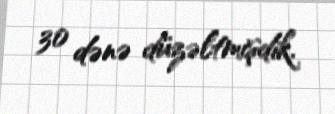
30 dənə düzəltmişdik.